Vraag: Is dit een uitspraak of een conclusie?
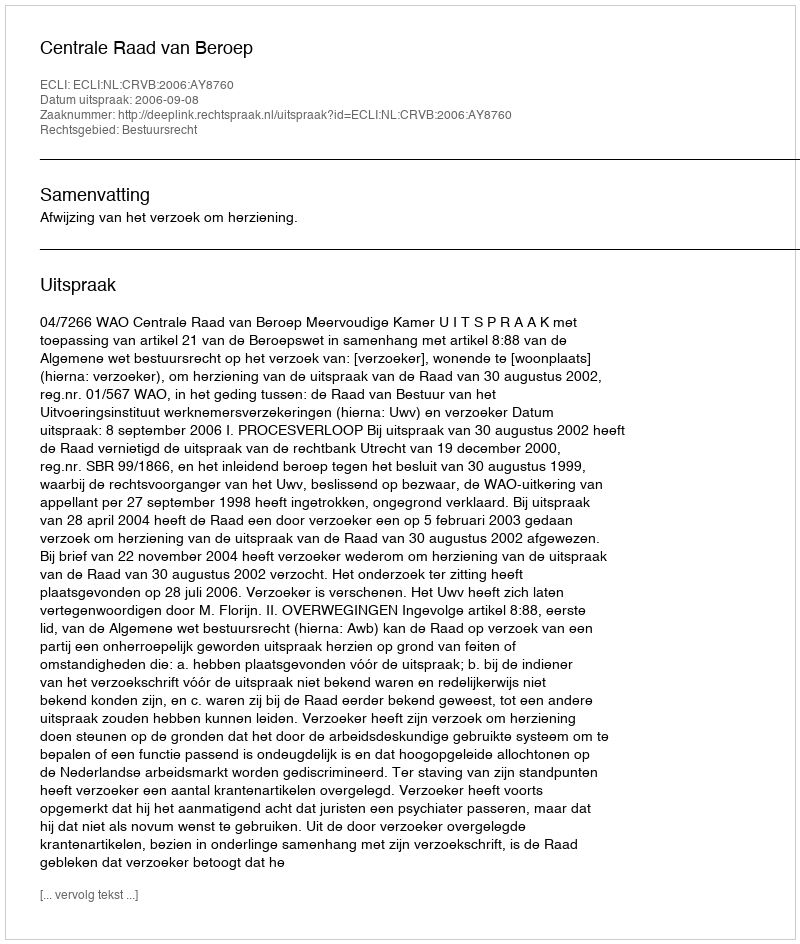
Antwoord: Uitspraak